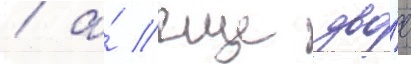
/ а́ еще дво́е